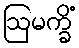
ဩမက္ခိံ